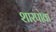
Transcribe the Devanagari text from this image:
शारपोवा